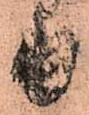
日